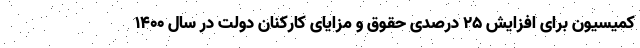
کمیسیون برای افزایش ۲۵ درصدی حقوق و مزایای کارکنان دولت در سال ١۴٠٠